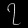
Digit: ၇